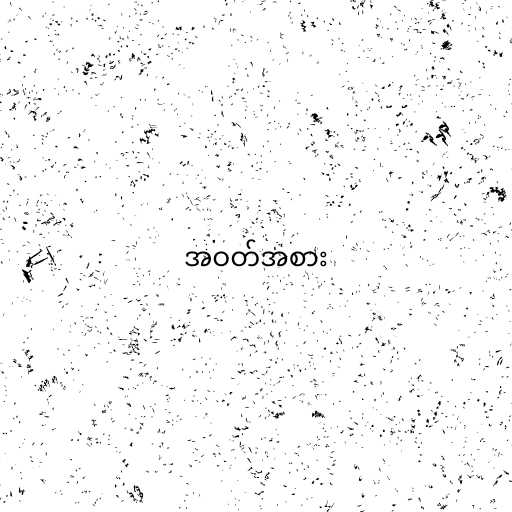
အဝတ်အစား